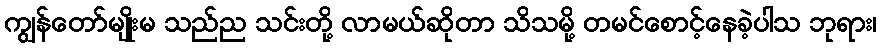
ကျွန်တော်မျိုးမ သည်ည သင်းတို့ လာမယ်ဆိုတာ သိသမို့ တမင်စောင့်နေခဲ့ပါသ ဘုရား၊